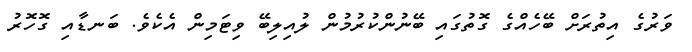
ވަރުގެ އިތުރަށް ބޭހެއްގެ ގޮތުގައި ބޭނުންކުރުމުން ލުއިލިބޭ ވިޓަމިން އެކެވެ. ބަނޑާއި ގޮހޮރު